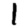
Digit: 1